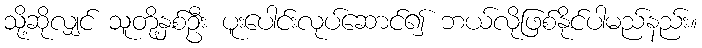
သို့ဆိုလျှင် သူတို့နှစ်ဦး ပူးပေါင်းလုပ်ဆောင်၍ ဘယ်လိုဖြစ်နိုင်ပါမည်နည်း။